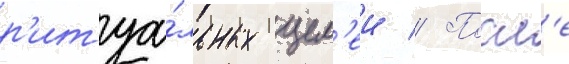
р'итуа́льных цел'еи // Посл'е